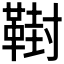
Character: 𩋮